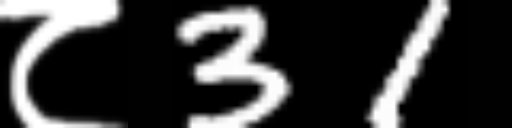
Text: ८31